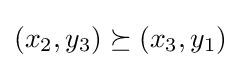
(x_{2},y_{3})\succeq (x_{3},y_{1})